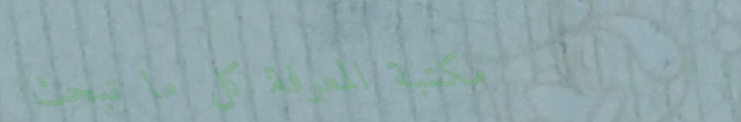
مكتبة المعرفة: كل ما تبحث